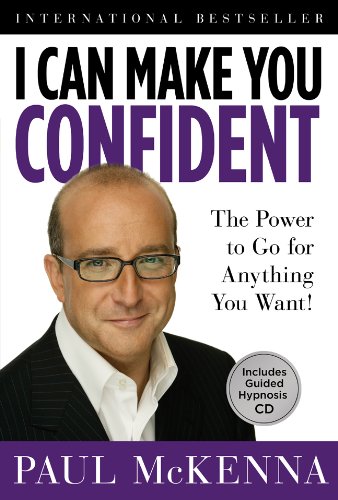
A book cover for I Can Make You Confident: The Power to Go for Anything You Want!; Paul McKenna; Self-Help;